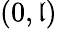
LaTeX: (0,\mathfrak{l})